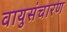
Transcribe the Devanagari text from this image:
वायुसंचारण